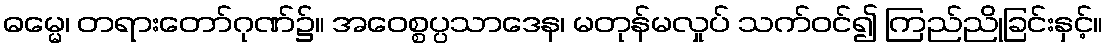
ဓမ္မေ၊ တရားတော်ဂုဏ်၌။ အဝေစ္စပ္ပသာဒေန၊ မတုန်မလှုပ် သက်ဝင်၍ ကြည်ညိုခြင်းနှင့်။